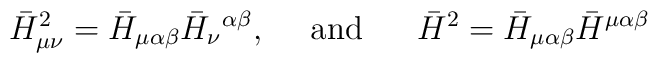
\bar H^2_{\mu\nu}=\bar H_{\mu\alpha\beta}\bar H_{\nu}{}^{\alpha\beta},\ \ \ \ {\rm and} \ \ \ \ \ \bar H^2=\bar H_{\mu\alpha\beta}\bar H^{\mu\alpha\beta}